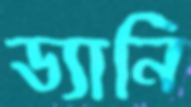
ড্যানি